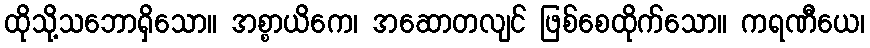
ထိုသို့သဘောရှိသော။ အစ္စာယိကေ၊ အဆောတလျင် ဖြစ်စေထိုက်သော။ ကရဏီယေ၊